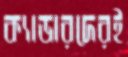
ক্যাডারদেরই